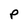
Character: P